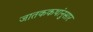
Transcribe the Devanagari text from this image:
जातककथांनुसार